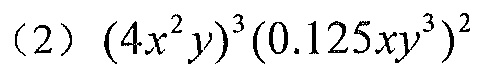
(2) \((4x^{2}y)^{3}(0.125xy^{3})^{2}\)